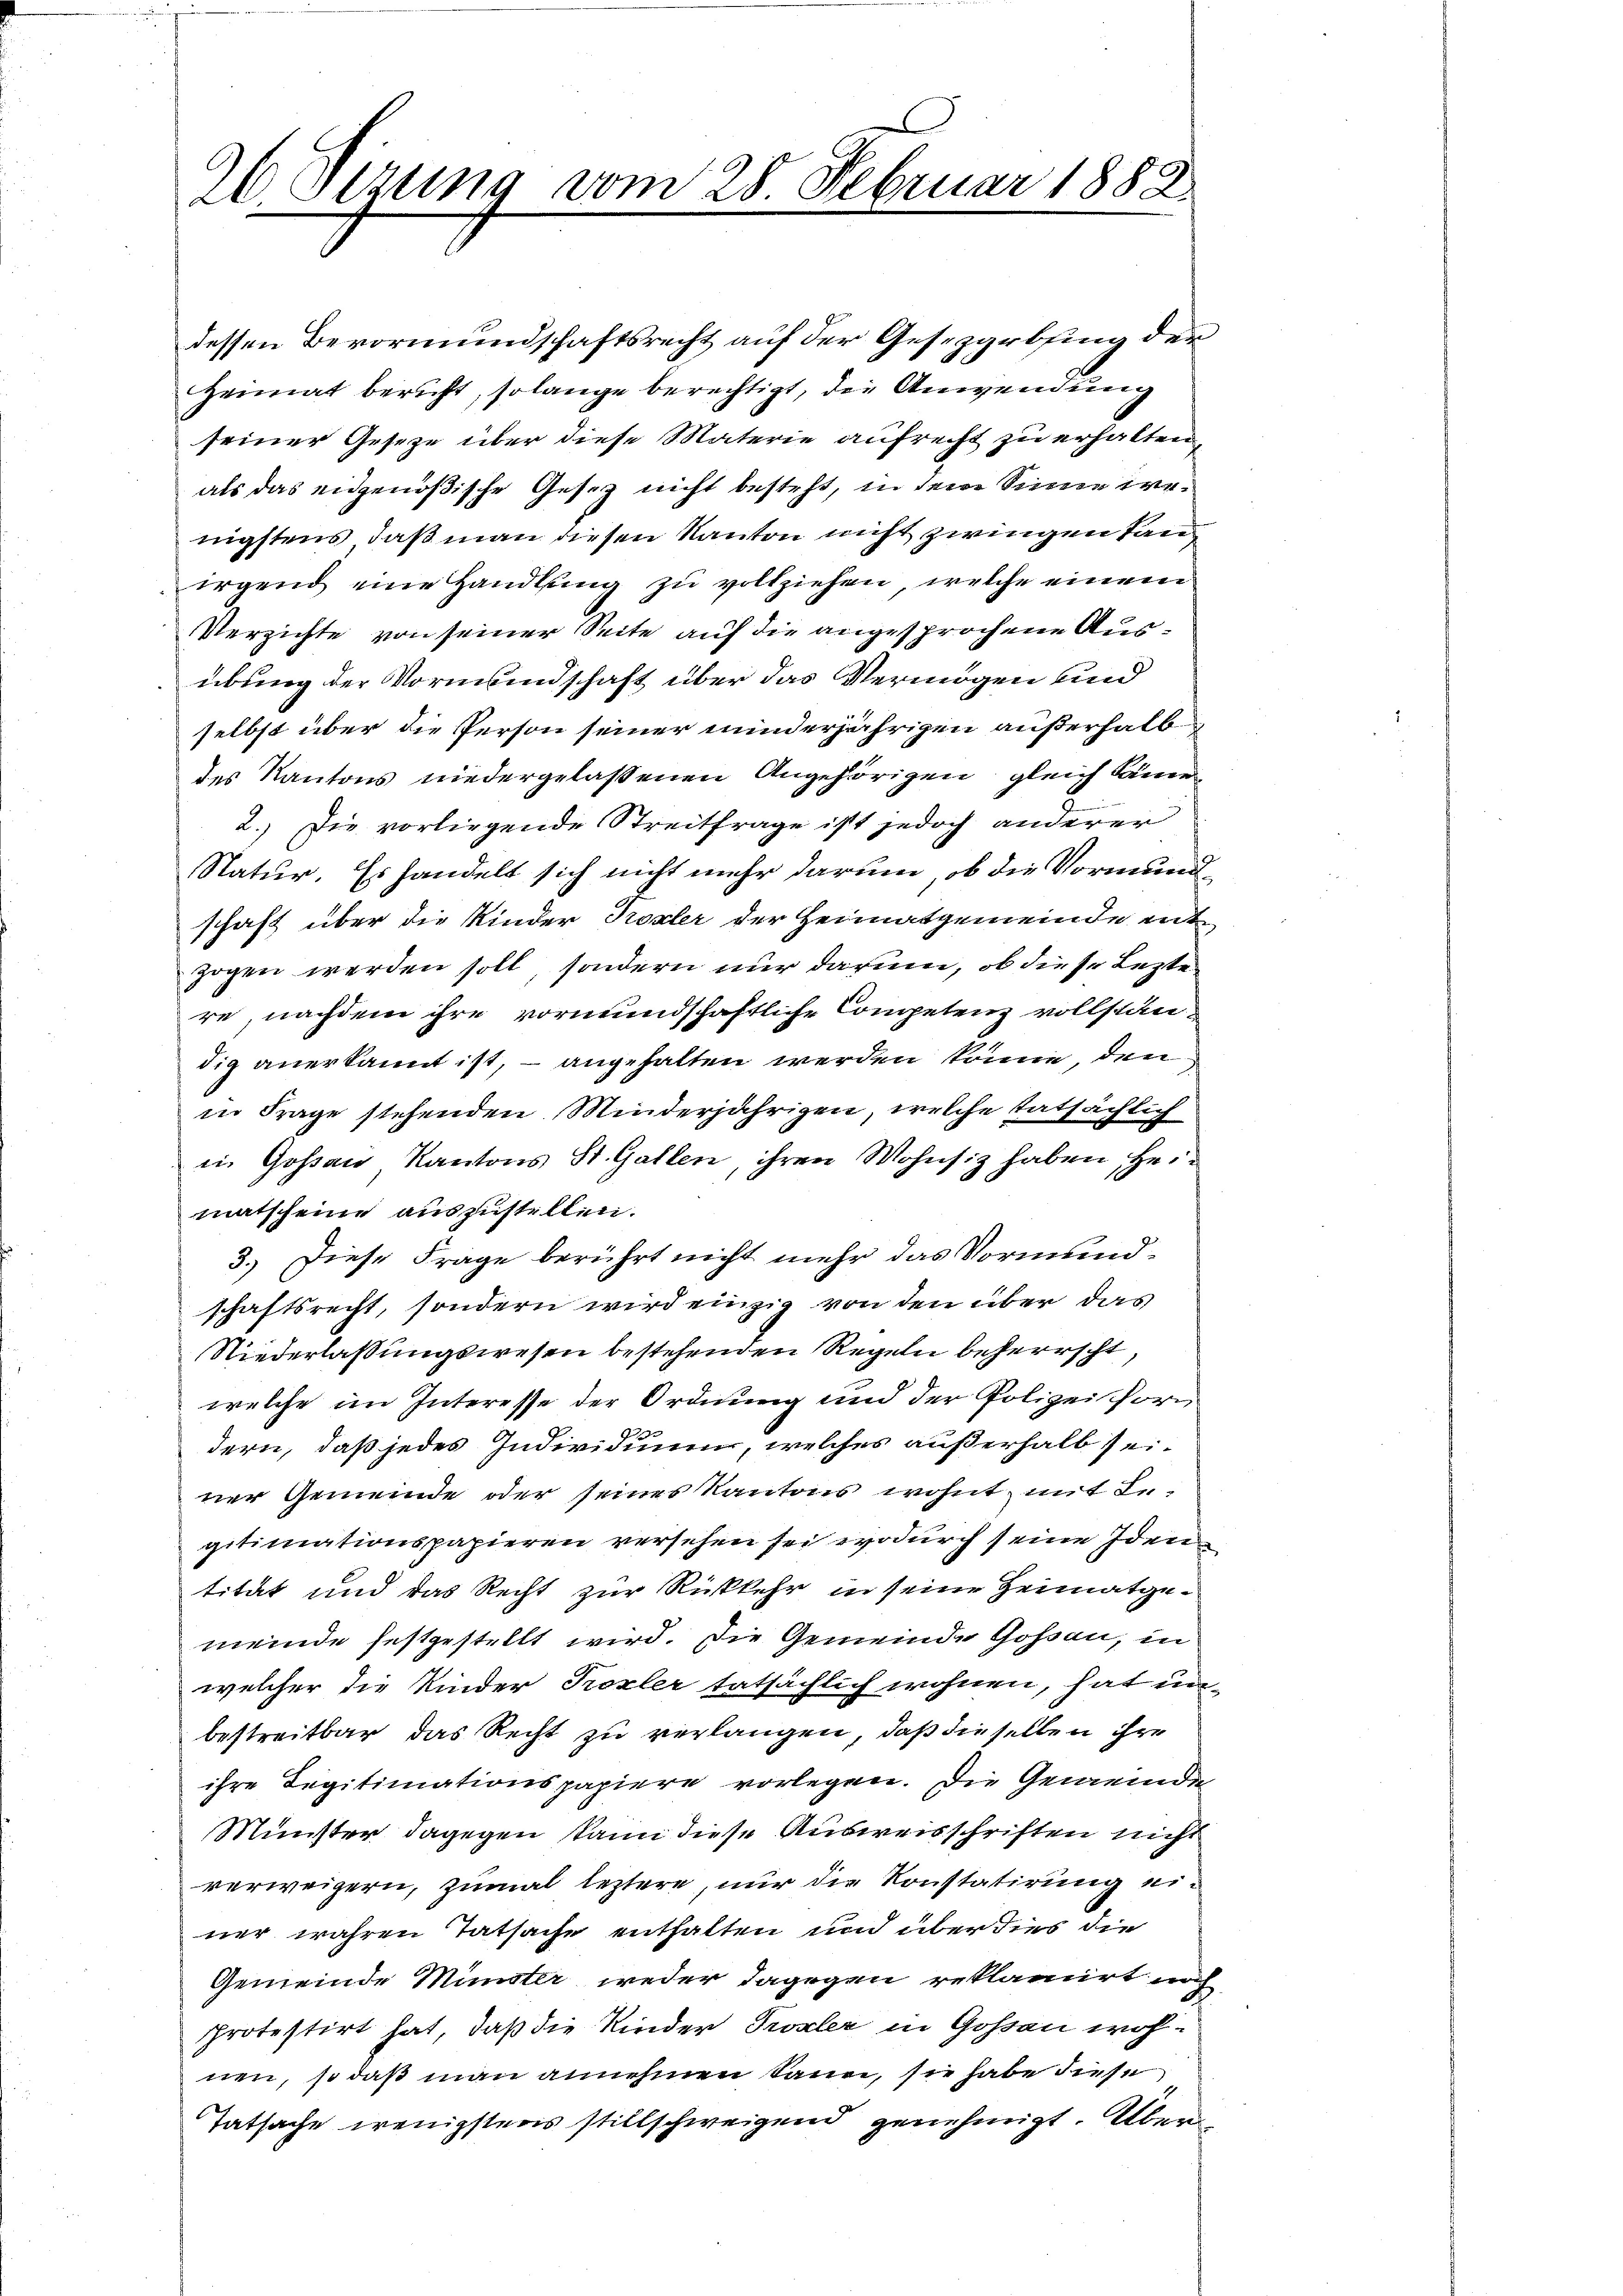
26 Sezung vom 28. Februar 1882

dessen Bevormundschaftsrecht auf der Gesezgrbsing der
Heimat bericht, solange berechtigt, die Anwendung
seiner Gesetze über diese Materie aufrecht zu erhalten,
als das eidgenößische Gesetz nicht besteht, in dem Sinne wenigstens, daß man diesen Kanton nicht zwingen kan
irgend eine Handlung zu vollziehen, welche einem
Verzichte von seiner Seite auf die angesprochene Ausübung der Vormundschaft über das Vermögen und
selbst über die Person seiner minderjährigen außerhalb
des Kantons niedergelassenen Angehörigen gleich können
2.) Die vorliegende Streitfrage ist jedoch anderer
Natur. Es handelt sich nicht mehr darum, ob die Vormundschaft über die Kinder Prozler der Heimatgemeinde entzogen werden soll, sondern nur darum, ob diese Leztere nachdem ihre vormundschaftliche Competenz vollständig anerkannt ist, – angehalten werden könne, den
in Frage stehenden Minderjährigen, welche tatsächlich
in Goßau Kantons St. Gallen, ihren Wohnsiz haben, Heimatscheine auszustellen.
3.) Diese Frage berührt nicht mehr das Vormundschaftsrecht, sondern wird einzig von den über das
Niederlaßungswesen bestehenden Regeln beherrscht,
welche im Interesse der Ordnung und der Polizei form
dern, daß jedes Individuum, welches außerhalb seiner Gemeinde oder seines Kantons wohnt, mit Legitimationspapieren versehen sei wodurch seine Iden
tität und das Recht zur Rückkehr in seine Heimatgemeinde festgestellt wird. Die Gemeinde Gossau, in
welcher die Kinder Troxler tatsächlich wohnen, hat unbestreitbar das Recht zu verlangen, daß dieselben ihre
ihre Legitimationspapiere vorlegen. Die Gemeinde
Münster dagegen kann diese Ausweisschriften nicht
verweigern, zumal leztere, nur die Konstatirung einer wahren Tatsache enthalten und über dies die
Gemeinde Münster weder dagegen reklamirt noch
protestirt hat, daß die Kinder Trostler in Goßau wohnen, so daß man annehmen kann, sie habe diese
Tatsache wenigstens stillschweigend genehmigt. Übern

E